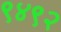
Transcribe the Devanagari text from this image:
९४९२